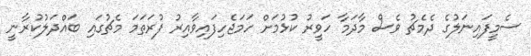
ސެމީފައިނަލުގެ ދެމެޗު ވެސް މާދަމާ ހަވީރު ކުޅުމަށް ހަމަޖެހިފައިވާއިރު ފުރަތަމަ މެޗުގައި ބައްދަލުކުރާނީ